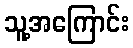
သူ့အကြောင်း